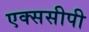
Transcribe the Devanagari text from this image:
एक्ससीपी